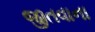
જીતવાના